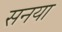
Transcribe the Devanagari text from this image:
सनया